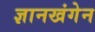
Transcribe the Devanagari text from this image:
ज्ञानखंगेन